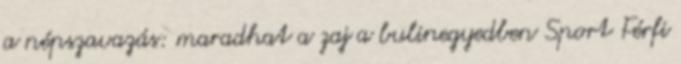
a népszavazás: maradhat a zaj a bulinegyedben Sport Férfi